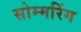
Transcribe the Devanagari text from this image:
सोम्मरिंग